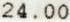
24.00